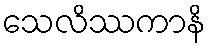
သေလိဿကာနိ